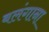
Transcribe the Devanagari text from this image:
बलंगाना